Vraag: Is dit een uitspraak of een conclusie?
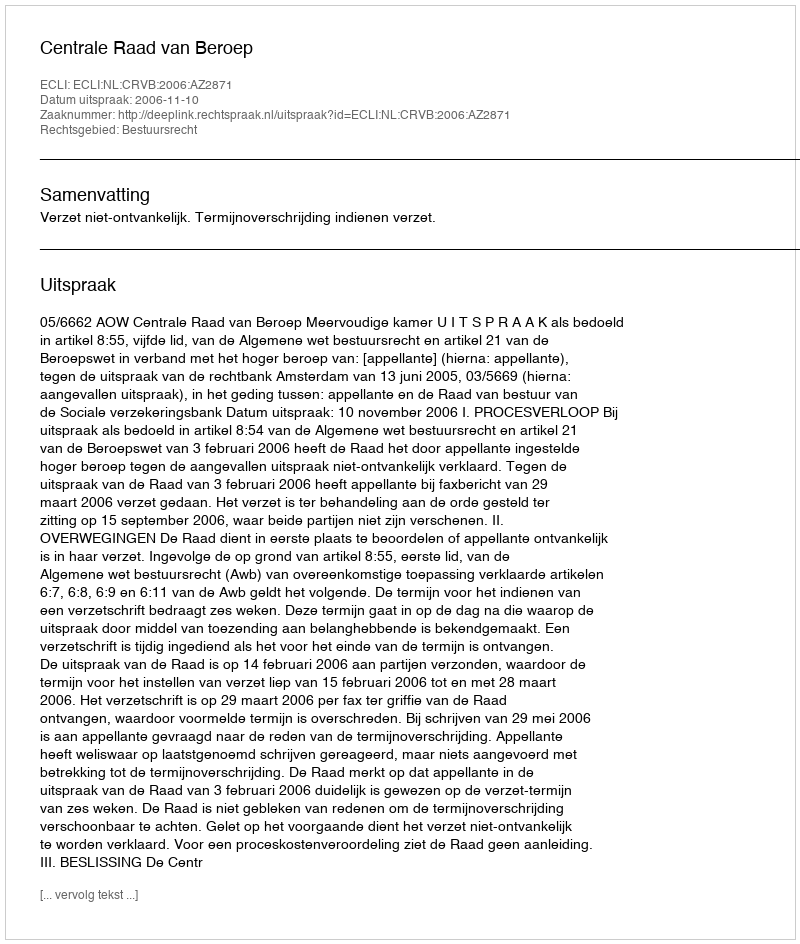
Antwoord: Uitspraak